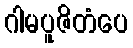
ဂါမပူဇိတံပေ